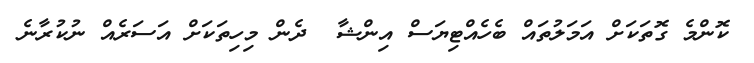
ކޮންމެ ގޮތަކަށް އަމަލުތައް ބެހެއްޓިޔަސް އިންޝާ  ދެން މިހިތަކަށް އަސަރެއް ނުކުރާނެ